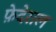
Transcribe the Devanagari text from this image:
फ़ेदेराल